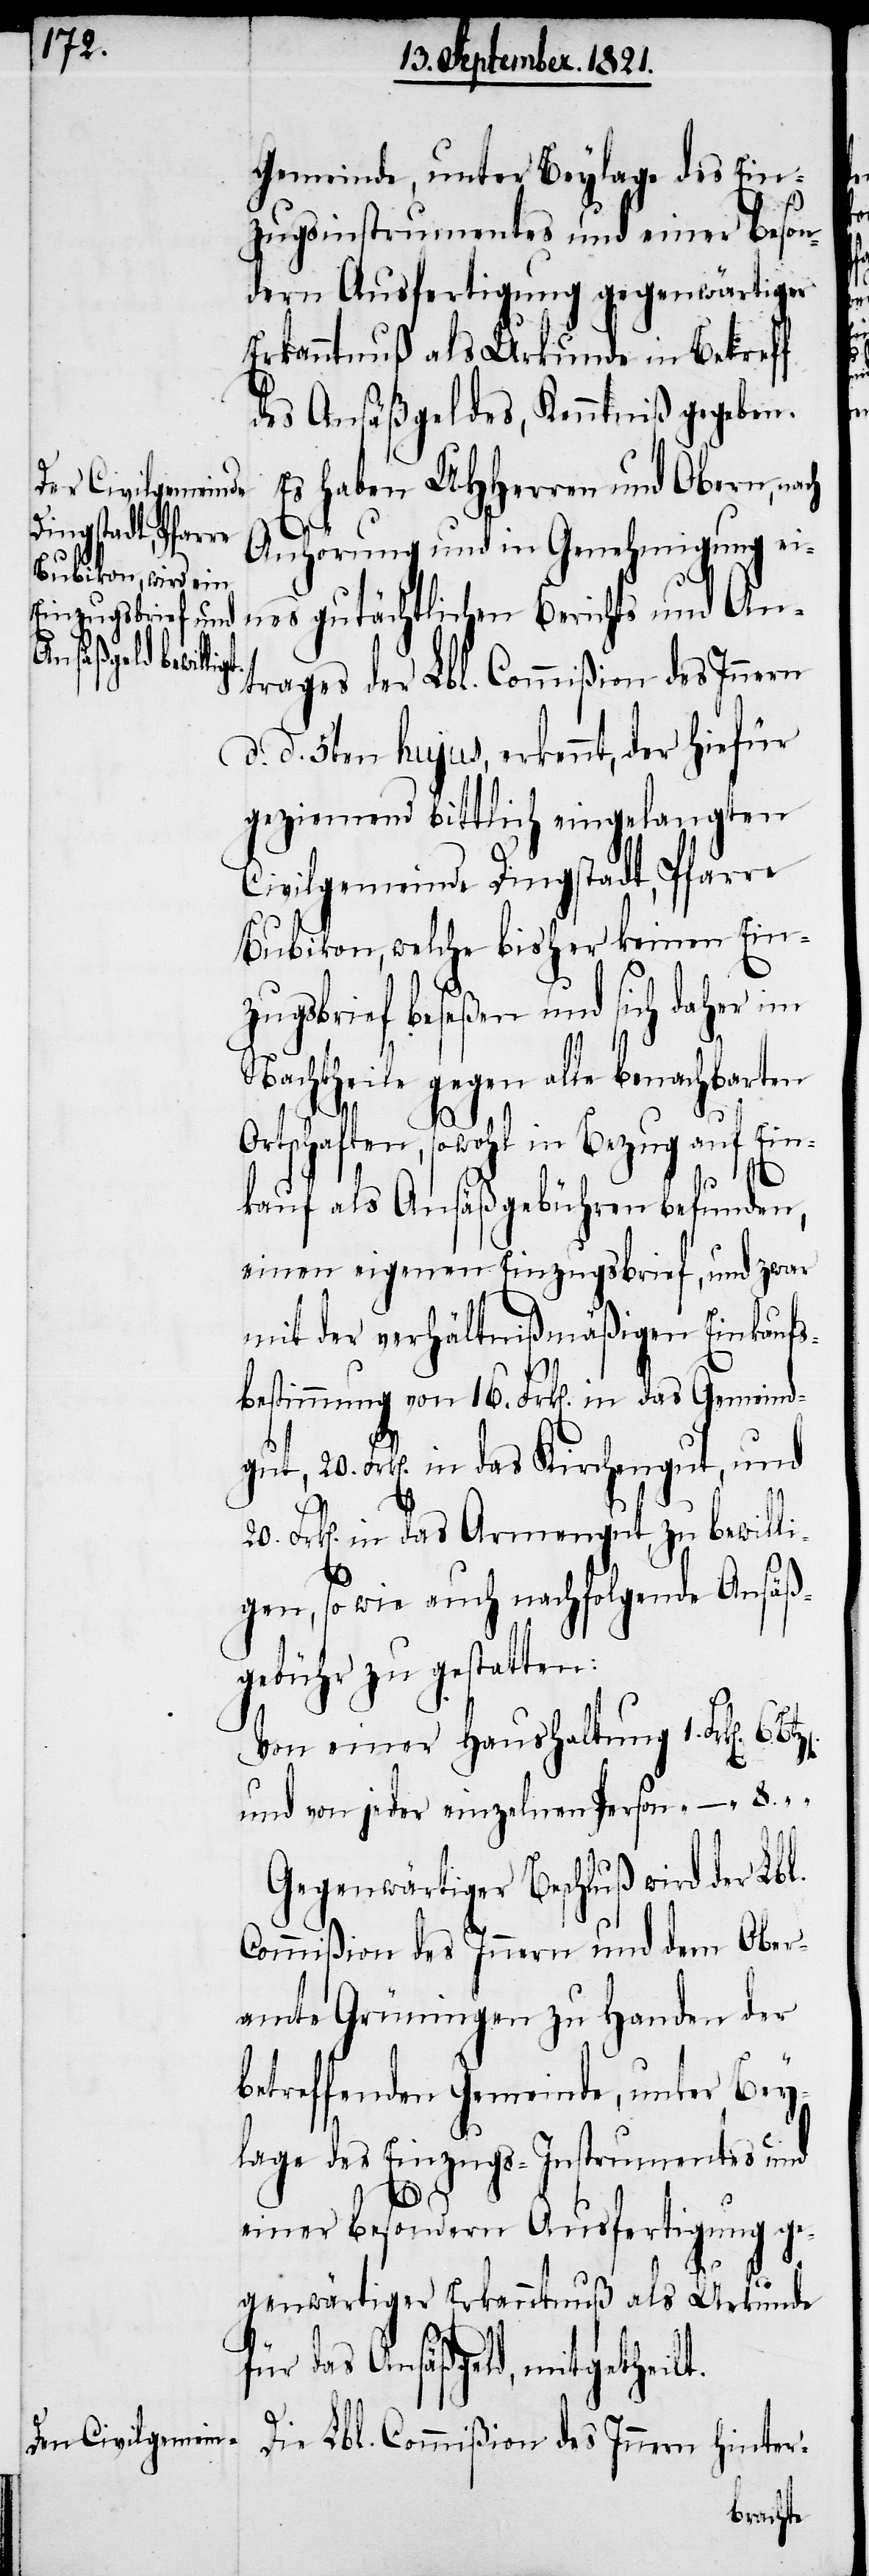
Gemeinde, unter Beylage des Ein¬
zugsinstruments und einer beson¬
dern Ausfertigung gegenwärtiger
Erkanntnuß als Urkunde in Betreff
des Ansäßgeldes, Kenntniß gegeben.
Es haben UHHerren und Obern, nach
Anhörung und in Genehmigung ei¬
nes gutächtlichen Berichts und An¬
trages der Lbl. Commißion des Innern
d.
d. 15ten hujus, erkennt, der hiefür
geziemend bittlich eingelangten
Civilgemeinde Dingstadt, Pfarre
Bubikon, welche bisher keinen Ein¬
zugsbrief beseßen und sich daher im
Nachtheile gegen alle benachbarten
Ortschaften, sowohl in Bezug auf Ein¬
kauf als Ansäßgebühren befunden,
einen eigenen Einzugsbrief, und zwar
mit der verhältnißmäßigen Einkaufs¬
bestimmung von 16. Frk[en]. in das Gemeind¬
gut, 20. Frk[en]. in das Kirchengut, und
Frk[en]. in das Armengut, zu bewilli¬
gen, sowie auch nachfolgende Ansäß¬
gebühr zu gestatten:
Von einer Haushaltung 1.
und von einer einzelnen Person 	8.	“
Gegenwärtiger Beschluß wird der Lbl.
Commißion des Innern und dem Ober¬
amte Grüningen zu Handen der
betreffenden Gemeinde, unter Bey¬
lage des Einzugs-Instrumentes und
einer besondern Ausfertigung ge¬
genwärtiger Erkanntnuß als Urkunde
für das Ansäßgeld, mitgetheilt.
Die Lbl. Commißion des Innern hinter-